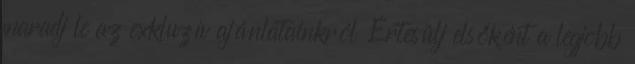
maradj le az exkluzív ajánlatainkról Értesülj elsőként a legjobb